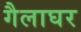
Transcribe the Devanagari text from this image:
गैलाघर